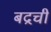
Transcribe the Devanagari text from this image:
बद्रची